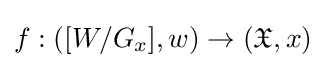
f:([W/G_{x}],w)\to ({\mathfrak {X}},x)